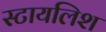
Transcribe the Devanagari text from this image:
स्टायलिश